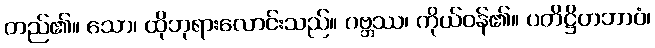
တည်၏။ သော၊ ထိုဘုရားလောင်းသည်။ ဂဗ္ဘဿ၊ ကိုယ်ဝန်၏။ ပတိဋ္ဌိတဘာဝံ၊